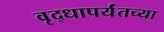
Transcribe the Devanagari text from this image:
वृद्धापर्यंतच्या